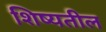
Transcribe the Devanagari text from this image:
शिष्यतील